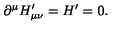
\partial ^ { \mu } H _ { \mu \nu } ^ { \prime } = H ^ { \prime } = 0 .